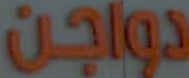
دواجن